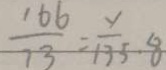
\frac { 1 6 6 } { 1 3 } = \frac { y } { 1 3 5 } \cdot 8